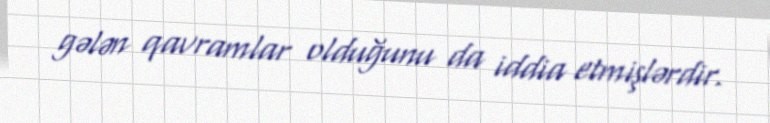
gələn qavramlar olduğunu da iddia etmişlərdir.